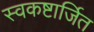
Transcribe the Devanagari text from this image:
स्वकष्टार्जित